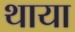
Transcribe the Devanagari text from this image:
थाया